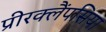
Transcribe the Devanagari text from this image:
प्रीरक्लैंपसिया